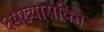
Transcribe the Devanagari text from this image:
६सख्यासक्ति